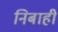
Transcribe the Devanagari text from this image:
निबाही